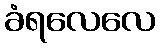
ခံရလေလေ